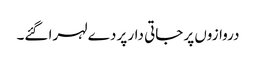
دروازوں پر جاتی دار پر دے لہرا گئے۔